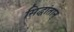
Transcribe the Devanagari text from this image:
सिद्धांतान्